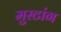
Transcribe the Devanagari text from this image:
मुस्टांग